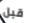
قبل